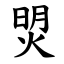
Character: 焽